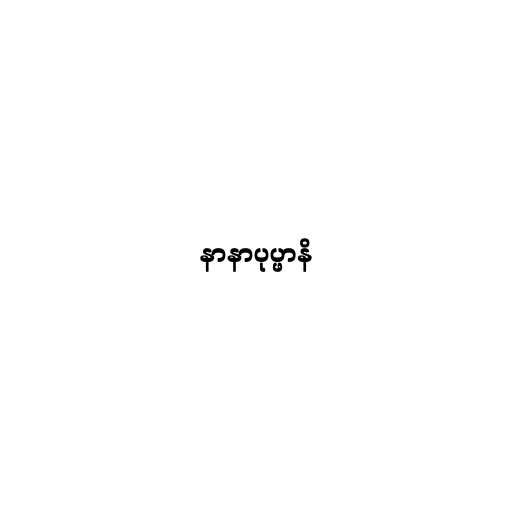
နာနာပုပ္ဖာနိ